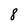
Character: 8